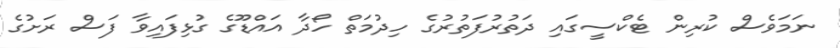
ނަމަވެސް ކުރިން ޓެކްސީގައި ދަތުރުފަތުރުގެ ހިދުމަތް ހޯދާ އައްޑޫގެ ގުޅިފައިވާ ފަސް ރަށުގެ